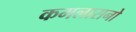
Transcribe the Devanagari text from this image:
कमलासनो